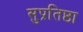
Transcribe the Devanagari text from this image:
सुप्रतिष्ठा